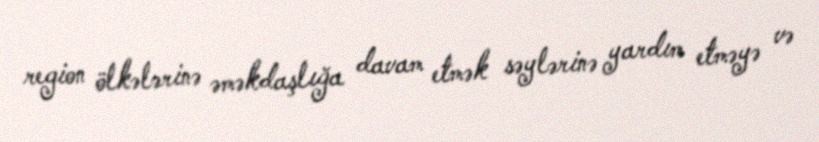
region ölkələrinə əməkdaşlığa davam etmək səylərinə yardım etməyə və